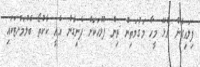
ފިލައިގެން އުޅޭ މީހާ މަގުމަތިން ތިން ފުލުހަކަށް ފެނިގެން އެއީ ކާކުތޯ ބެލުމަށްޓަކައި